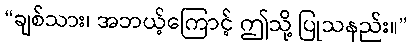
“ချစ်သား၊ အဘယ့်ကြောင့် ဤသို့ ပြုသနည်း။”